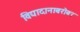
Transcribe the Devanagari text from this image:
विद्यादानाबरोबर